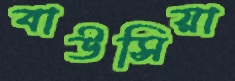
বাউসিয়া